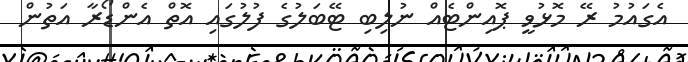
އެގައުމު ރޭ މޮޅުވީ ޕޮއިންޓެއް ނުލިބި ޓޭބަލުގެ ފުލުގައި އޮތް އެންޑޯރާ އަތުން